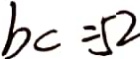
b c = 5 2